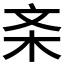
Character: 𱣅